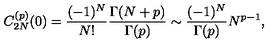
C _ { 2 N } ^ { ( p ) } ( 0 ) = { \frac { ( - 1 ) ^ { N } } { N ! } } { \frac { \Gamma ( N + p ) } { \Gamma ( p ) } } \sim { \frac { ( - 1 ) ^ { N } } { \Gamma ( p ) } } N ^ { p - 1 } ,